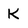
Character: K